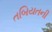
તબિયતની